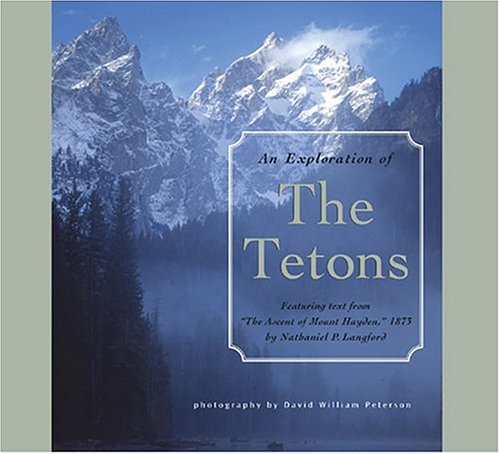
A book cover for Exploration of the Tetons: Featuring Text From ''The Ascent of Mount Hayden,'' 1875 by Nathaniel P. Langford; photography by David William Peterson; Travel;